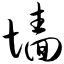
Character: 墙